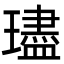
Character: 璶